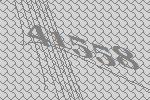
41558